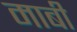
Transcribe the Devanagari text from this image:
माबी